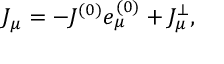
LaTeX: J _ { \mu } = - J ^ { ( 0 ) } e _ { \mu } ^ { ( 0 ) } + J _ { \mu } ^ { \bot } ,